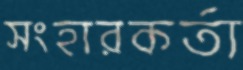
সংহারকর্তা